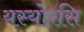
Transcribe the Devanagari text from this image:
यस्योरसि